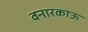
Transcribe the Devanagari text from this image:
वनारकाऊ